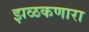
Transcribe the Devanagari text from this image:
झळकणारा